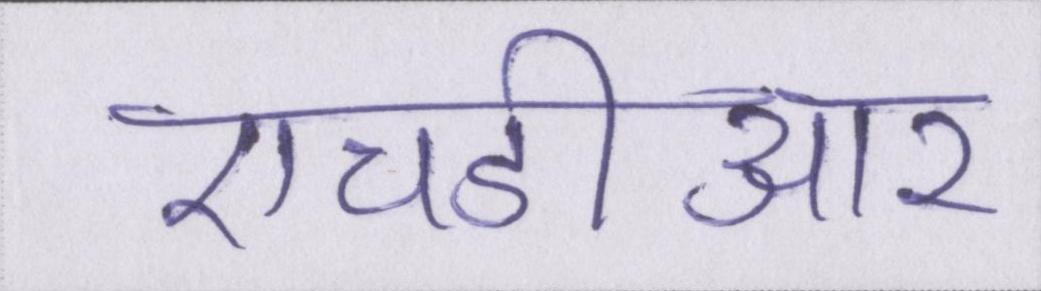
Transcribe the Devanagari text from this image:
एचडीआर